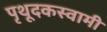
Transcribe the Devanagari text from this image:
पृथूदकस्वामी